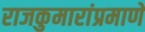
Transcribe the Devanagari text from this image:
राजकुमारांप्रमाणे